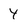
Character: 4